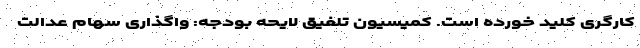
کارگری کلید خورده است. کمیسیون تلفیق لایحه بودجه: واگذاری سهام عدالت